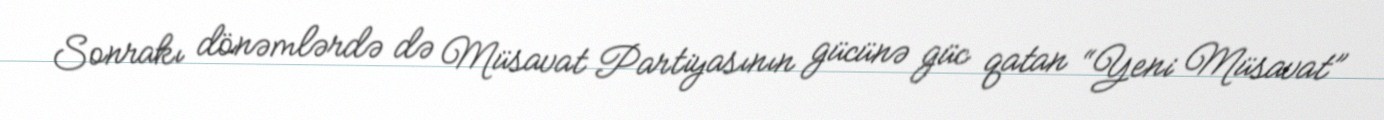
Sonrakı dönəmlərdə də Müsavat Partiyasının gücünə güc qatan “Yeni Müsavat”